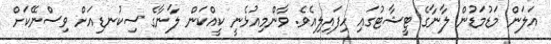
އަލަން މަޑުމަޑުން ލާނާގެ ޓީޝާޓުގައި ހިފައިލިއެވެ. ވާންމިއުޅެނީ ކީއްކަން ލާނާގެ ސިކުނޑިއަށް ވިސްނޭކަށް